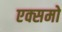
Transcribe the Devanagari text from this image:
एक्समो